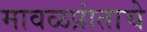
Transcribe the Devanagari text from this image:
मावळप्रांताचे